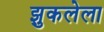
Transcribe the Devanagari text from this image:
झुकलेला